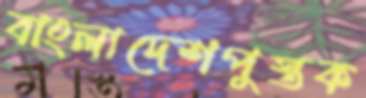
বাংলাদেশপুস্তক